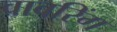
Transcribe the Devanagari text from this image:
वावरिंग